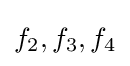
f_{2},f_{3},f_{4}